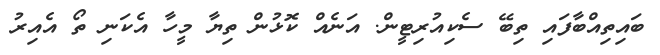
ބައިތިއްބާފައި ތިބޭ ސެކިއުރިޓީން. އަނެއް ކޮޅުން ތިޔާ މީހާ އެކަނި ތޯ އެއިރު